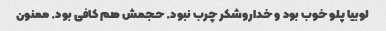
لوبیا پلو خوب بود و خداروشکر چرب نبود. حجمش هم کافی بود. ممنون